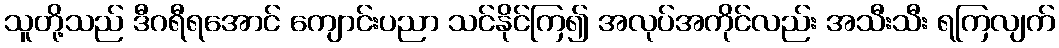
သူတို့သည် ဒီဂရီရအောင် ကျောင်းပညာ သင်နိုင်ကြ၍ အလုပ်အကိုင်လည်း အသီးသီး ရကြလျက်